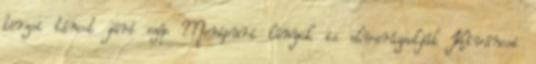
törzsi táncot járó szép Monipuri lányok is elvarázsolják Kíváncsi